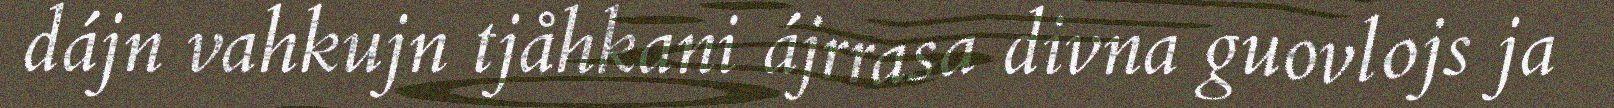
dájn vahkujn tjåhkani ájrrasa divna guovlojs ja